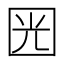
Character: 㘢